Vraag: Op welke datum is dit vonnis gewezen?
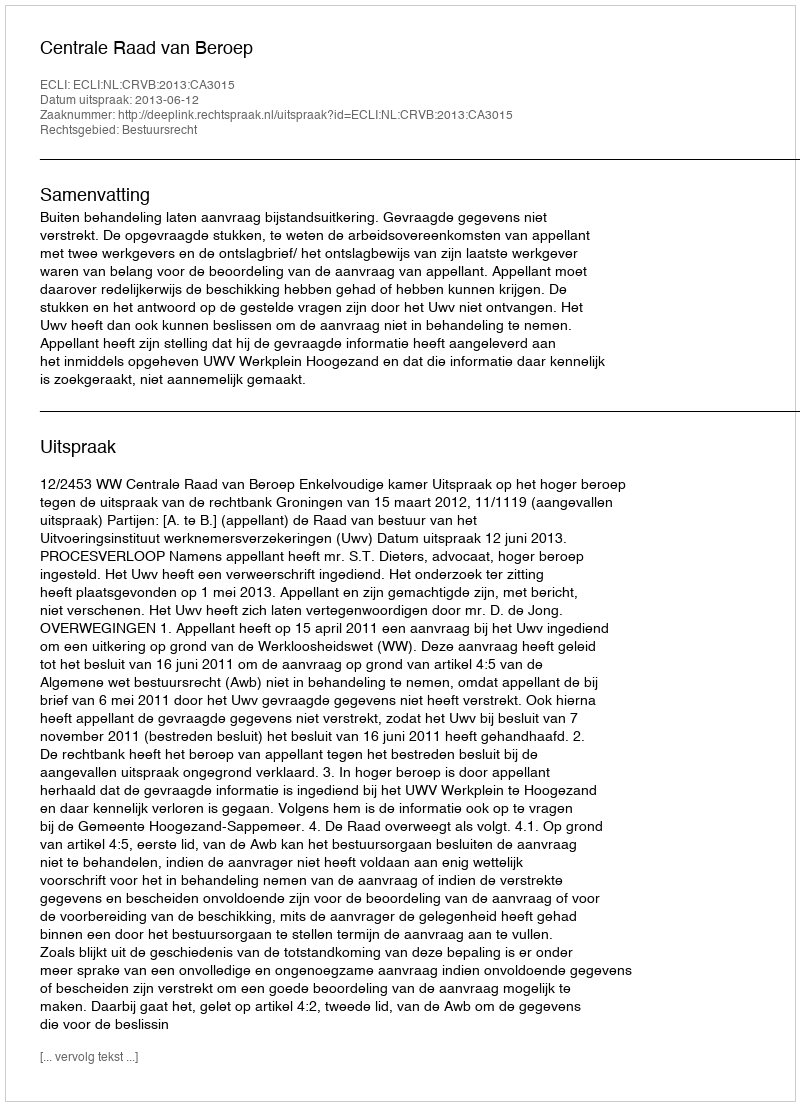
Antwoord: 2013-06-12